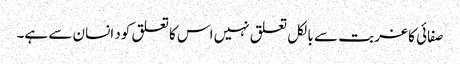
صفائی کا غربت سے بالکل تعلق نہیں اس کا تعلق کود انسان سے ہے۔